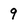
Character: 9